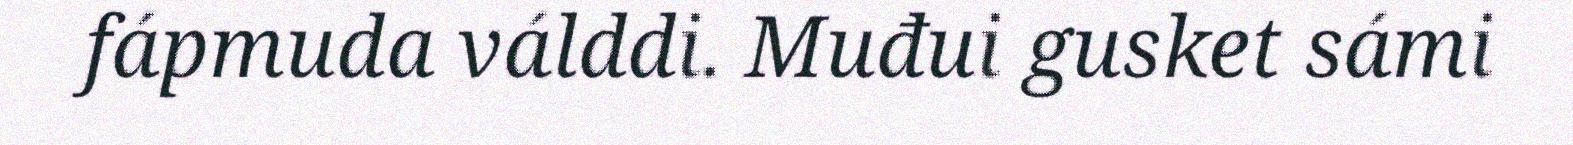
fápmuda válddi. Muđui gusket sámi